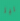
ليز